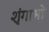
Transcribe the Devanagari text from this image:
शृंगाभों